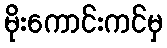
မိုးကောင်းကင်မှ